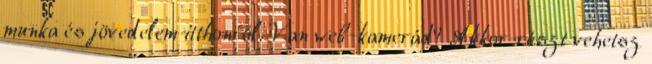
munka és jövedelem itthonról. Van web-kamerád? Akkor részt vehetsz